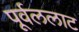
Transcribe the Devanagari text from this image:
पूर्वललाट